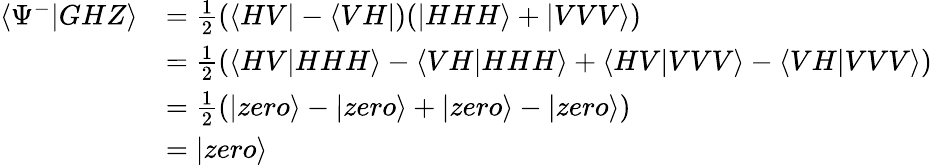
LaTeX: \begin{array}{rl}{\langle\Psi^{-}|GHZ\rangle}&{=\frac{1}{2}(\langle HV|-\langle VH|)(|HHH\rangle+|VVV\rangle)}\\ &{=\frac{1}{2}(\langle HV|HHH\rangle-\langle VH|HHH\rangle+\langle HV|VVV\rangle-\langle VH|VVV\rangle)}\\ &{=\frac{1}{2}(|zero\rangle-|zero\rangle+|zero\rangle-|zero\rangle)}\\ &{=|zero\rangle}\end{array}